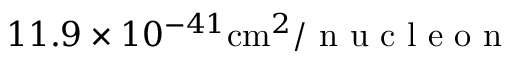
1 1 . 9 \times 1 0 ^ { - 4 1 } \mathrm { c m } ^ { 2 } / \textrm { n u c l e o n }